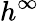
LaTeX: h^{\infty}